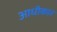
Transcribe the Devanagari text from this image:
आधीकार